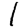
Digit: 1